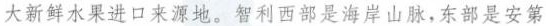
大新鲜水果进口来源地。智利西部是海岸山脉，东部是安第